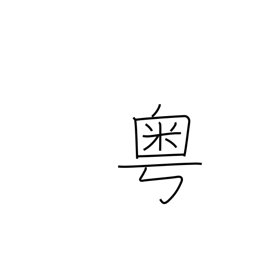
Meaning: alas